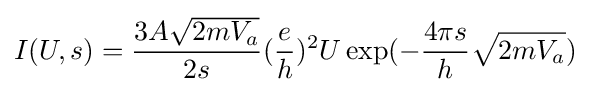
I(U,s)={\frac {3A{\sqrt {2mV_{a}}}}{2s}}({\frac {e}{h}})^{2}U\exp(-{\frac {4{\pi }s}{h}}{\sqrt {2mV_{a}}})